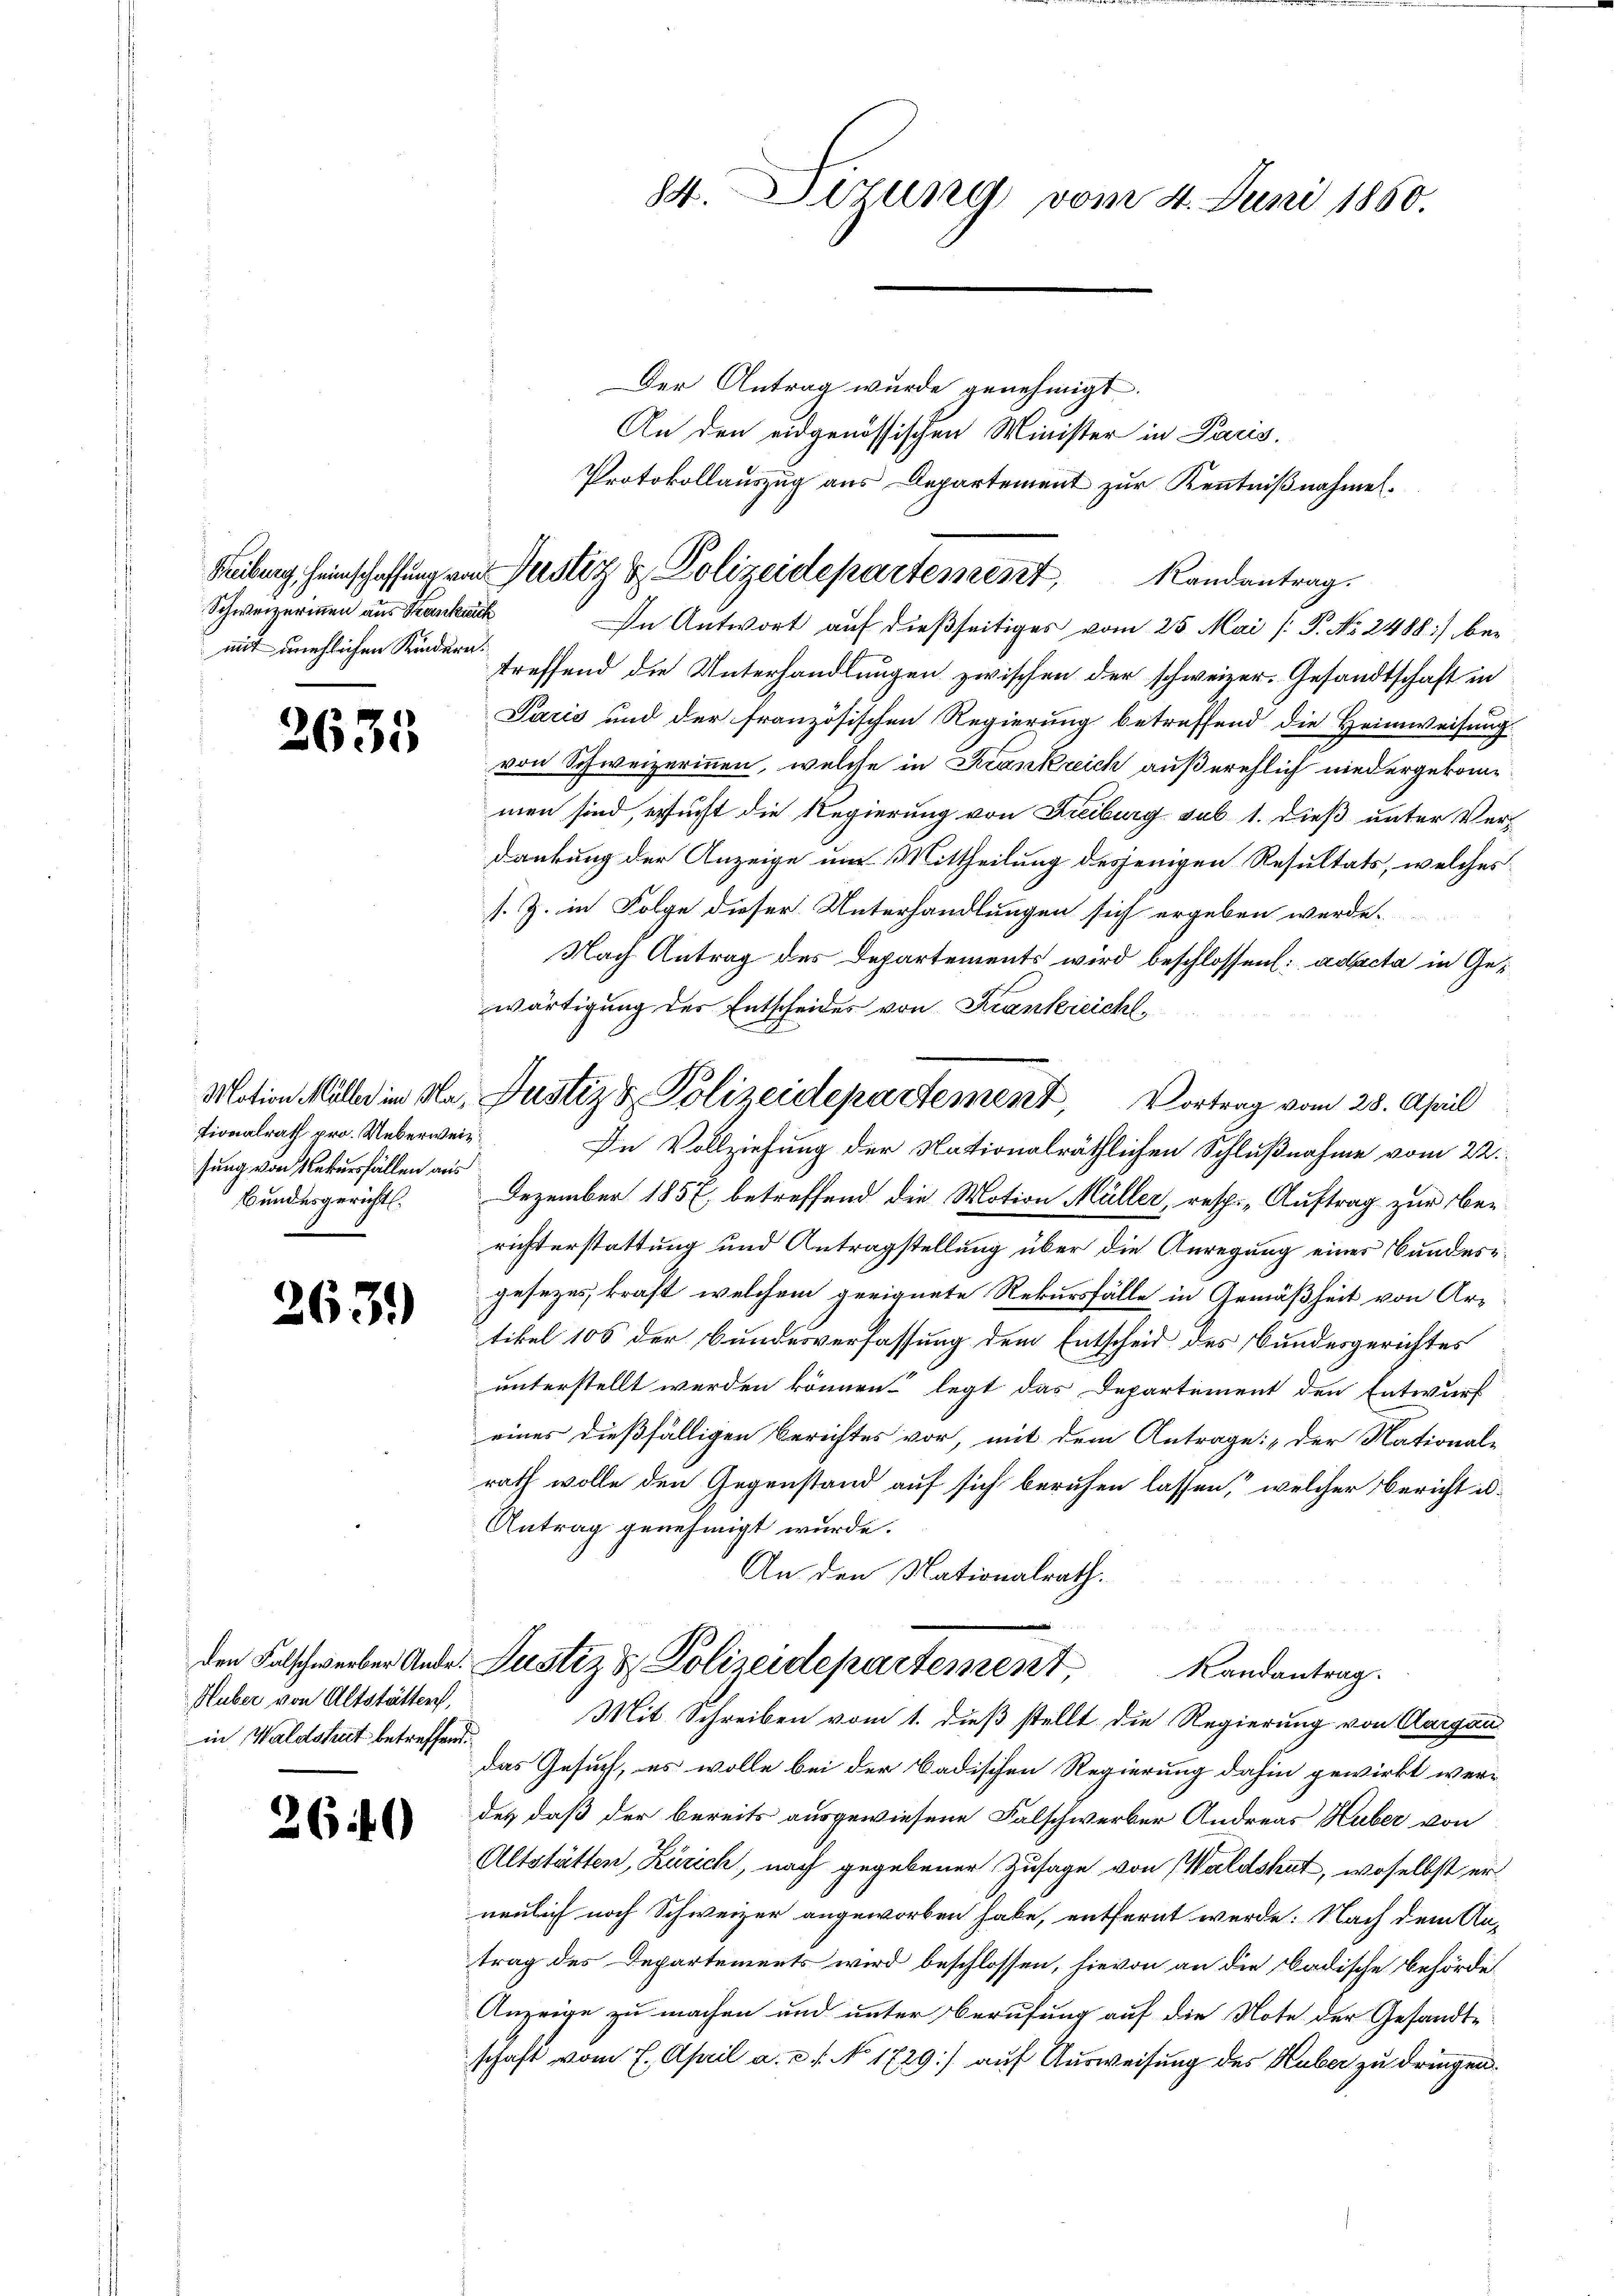
Schweizerinnen aus Senkuch
mit unehlichen Kindern.

2635

tionalrath pro. Ueberweis
sung von Rekursfällen aus
Bundesgericht.

263.

Huber von Altstätten,
in Waldshut betreffend.

2649

Der Antrag wurde genehmigt.
An den eidgenössischen Minister in Paris.
In Antwort auf dießseitiges vom 25. Mai [ P. No 2488) betreffend die Unterhandlungen zwischen der schweizer. Gesandtschaft in
Paris und der französischen Regierung betreffend die Heimweisung
von Schweizerinnen, welche in Krankreich außerehlich niedergekommen sind, ersucht die Regierung von Freiburg sub 1. dieß unter Verdankung der Anzeige um Mittheilung desjenigen Resultats, welches
s. Z. in Folge dieser Unterhandlungen sich ergeben werde.
 Nach Antrag des Departements wird beschlossen: ad acta in Gewärtigung des Entscheides von Krankreicht,
Dezember 1857, betreffend die Motion Müller, resp. Auftrag zur Berichterstattung und Antragstellung über die Anregung eines Bundesgesezes kraft, welchem geeignete Rekursfälle in Gemäßheit von Artikel 106 der Bundesverfassung dem Entscheid des Bundesgerichtes
unterstellt werden können legt das Departement den Entwurf
eines dießfälligen Berichtes vor, mit dem Antrage: „der National-
rath wolle den Gegenstand auf sich berufen lassen, welcher Bericht is¬
Antrag genehmigt wurde.
An den Nationalrath.
den Falschwerber Ander Justiz & Polizeidepartement,
Randantrag.
Mit Schreiben vom 1. dieß stellt die Regierung von Aargau
das Gesuch, es wolle bei der Badischen Regierung dahin gewirkt werdes daß der bereits ausgewiesene Falschwerber Andreas Huber von
Altstätten, Zürich, nach gegebener Zusage von Waldshut, woselbst er
neulich noch Schweizer angeworben habe, entfernt werde: Nach dem An-
trag des Departements wird beschlossen, hievon an die badische Behörde
Anzeige zu machen und unter Berufung auf die Note der Gesandtschaft vom 7. April a. c. s. No 1729) auf Ausweisung des Huber zu dringen.

84. Dirung vom 4. Juni 1850.

Protokollauszug aus Departement zur Kenntnißnahmen.
Reibung Heinschaffung von Justiz & Polizeidepartement Randantrag.

Motion Möller in Na, Justiz & Polizeidepartement, Vortrag vom 28. April
In Vollziehung der Nationalräthlichen Schlußnahme vom 22.